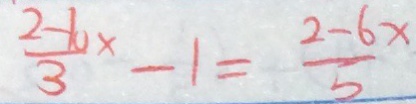
\frac { 2 - 1 0 x } { 3 } - 1 = \frac { 2 - 6 x } { 5 }